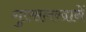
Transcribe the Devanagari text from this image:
गुस्सलखानें